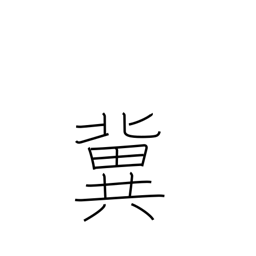
Meaning: hope for